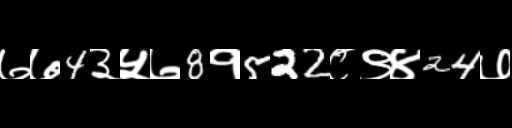
Text: ७७4३५७8१522८९४24७